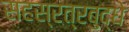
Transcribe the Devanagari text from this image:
सहस्रत्रबुद्धे